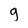
Character: g